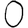
Digit: 0